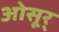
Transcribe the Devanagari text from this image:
ओसूर्